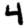
Digit: 4